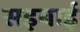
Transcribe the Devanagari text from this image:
सइबाई